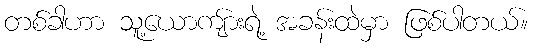
တစ်ခါဟာ သူ့ယောကျ်ားရဲ့ အခန်းထဲမှာ ဖြစ်ပါတယ်။